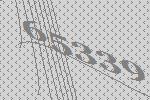
65339